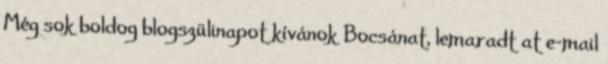
Még sok boldog blogszülinapot kívánok Bocsánat, lemaradt at e-mail